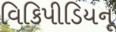
વિકિપીડિયનૂ